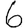
Digit: 6